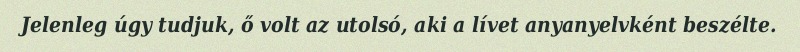
Jelenleg úgy tudjuk, ő volt az utolsó, aki a lívet anyanyelvként beszélte.